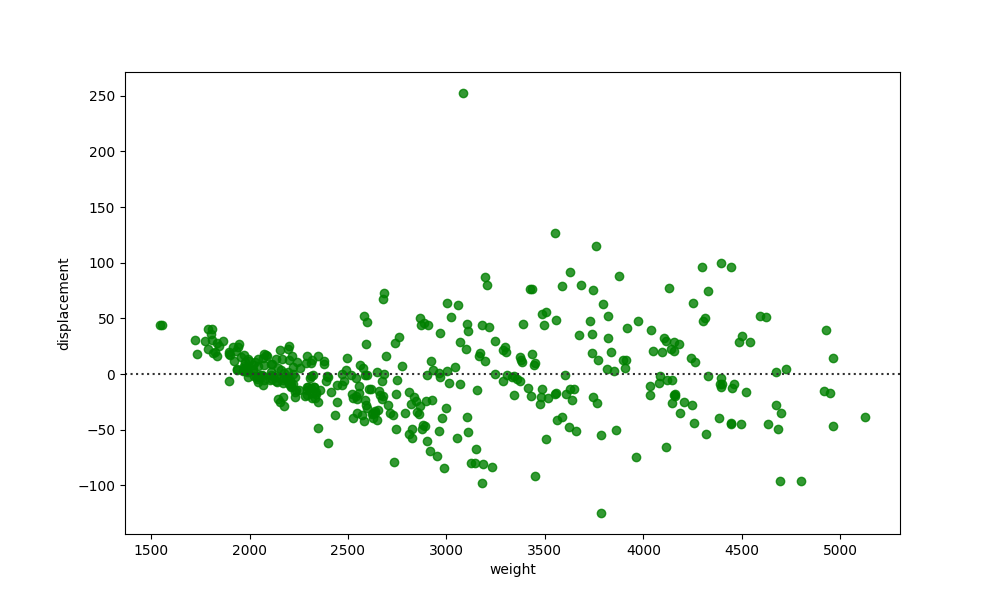
python, seaborn, residplot, lowess=False, scatter_color=green